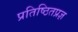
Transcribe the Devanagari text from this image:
प्रतिष्ठितप्रज्ञ